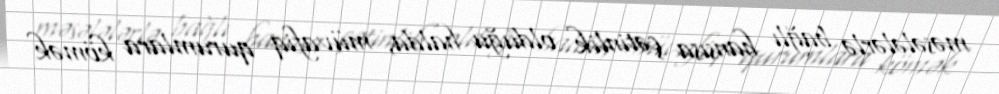
məsələlərlə bağlı hansısa çətinlik olduğu halda, müvafiq qurumlara kömək